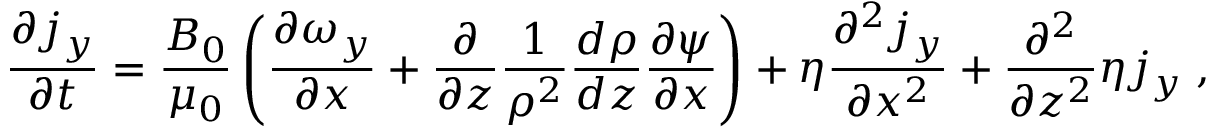
\frac { \partial j _ { y } } { \partial t } = \frac { B _ { 0 } } { \mu _ { 0 } } \left( \frac { \partial \omega _ { y } } { \partial x } + \frac { \partial } { \partial z } \frac { 1 } { \rho ^ { 2 } } \frac { d \rho } { d z } \frac { \partial \psi } { \partial x } \right) + \eta \frac { \partial ^ { 2 } j _ { y } } { \partial x ^ { 2 } } + \frac { \partial ^ { 2 } } { \partial z ^ { 2 } } \eta j _ { y } \; ,